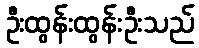
ဦးထွန်းထွန်းဦးသည်